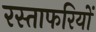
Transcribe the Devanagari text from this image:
रस्ताफरियों